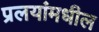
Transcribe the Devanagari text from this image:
प्रलयांमधील